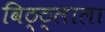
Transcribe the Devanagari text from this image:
विठ्ठ्लाला